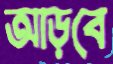
আড়বে